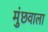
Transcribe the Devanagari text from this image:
मुंछवाला